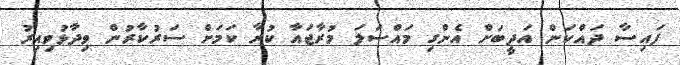
ފައިސާ ދައްކަން އަދީބަށް އެންގި މައްސަަލަ މުރާޖައާ ކުރާ ކަމަށް ސަރުކާރުން ވިދާޅުވިއިރު